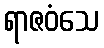
ရာဇဝံသေ